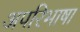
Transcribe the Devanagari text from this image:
अपरिभाषा